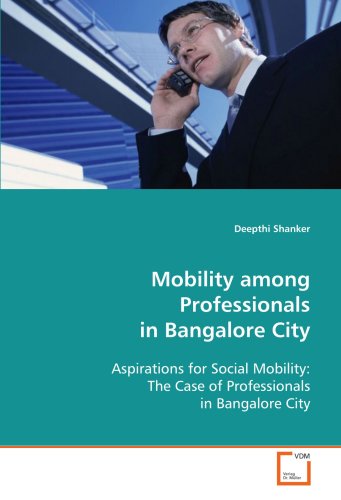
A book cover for Mobility among Professionals in Bangalore City: Aspirations for Social Mobility: The Case of Professionals in Bangalore City; Deepthi Shanker; Engineering & Transportation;